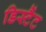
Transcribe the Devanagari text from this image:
डिस्टैंट